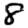
Digit: 8